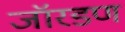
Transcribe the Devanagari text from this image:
जॉरडण